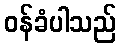
ဝန်ခံပါသည်